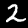
Label: 2